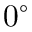
0 ^ { \circ }